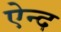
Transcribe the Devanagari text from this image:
ऐन्द